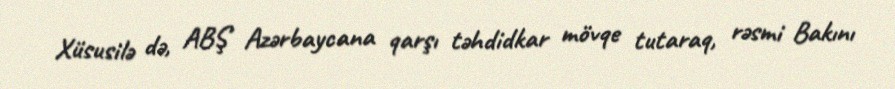
Xüsusilə də, ABŞ Azərbaycana qarşı təhdidkar mövqe tutaraq, rəsmi Bakını